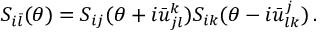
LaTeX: S _ { i \bar { l } } ( \theta ) = S _ { i j } ( \theta + i \bar { u } _ { j l } ^ { k } ) S _ { i k } ( \theta - i \bar { u } _ { l k } ^ { j } ) \, .